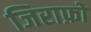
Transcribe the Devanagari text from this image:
जिराफ़ों